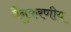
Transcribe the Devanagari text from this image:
वैनुकरणीय